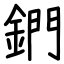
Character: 鍆